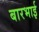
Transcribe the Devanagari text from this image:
बारभाई